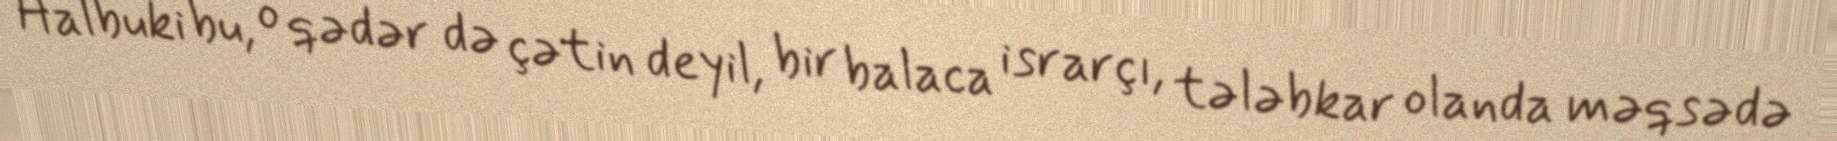
Halbuki bu, o qədər də çətin deyil, bir balaca israrçı, tələbkar olanda məqsədə